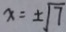
x = \pm \sqrt { 7 }